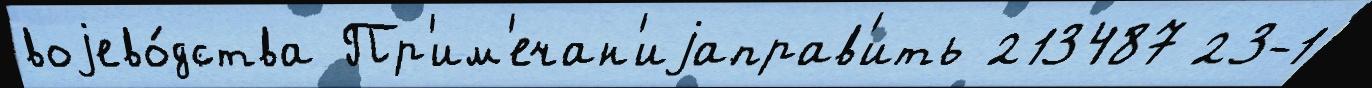
воjево́дства Пр'им'ечан'иjаправ'ить 213487 23-1